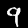
Digit: 9